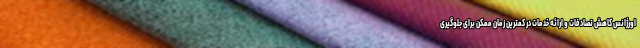
اورژانس کاهش تصادفات و ارائه خدمات در کمترین زمان ممکن برای جلوگیری